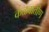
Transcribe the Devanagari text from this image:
कळवातीण